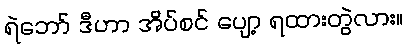
ရဲဘော် ဒီဟာ အိပ်စင် ပျော့ ရထားတွဲလား။